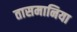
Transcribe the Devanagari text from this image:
तासमानिया